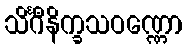
သိင်္ဂီနိက္ခသဝဏ္ဏော